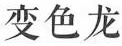
变色龙